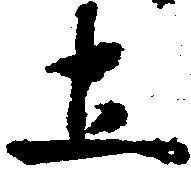
土